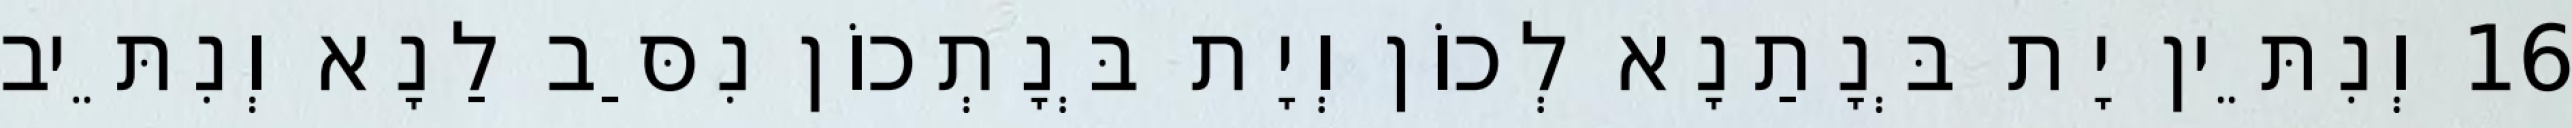
16 וְנִתֵּין יָת בְּנָתַנָא לְכוֹן וְיָת בְּנָתְכוֹן נִסַּב לַנָא וְנִתֵּיב